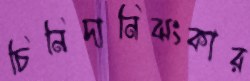
চিনিদানিঝংকার